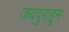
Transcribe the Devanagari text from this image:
जयपुराहून